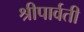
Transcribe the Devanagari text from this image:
श्रीपार्वती